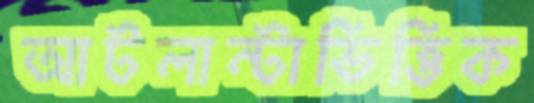
আটলান্টাভিত্তিক